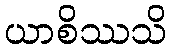
ယာစိဿသိ